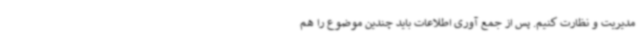
مدیریت و نظارت کنیم. پس از جمع آوری اطلاعات باید چندین موضوع را هم